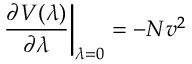
\left. \frac { \partial V ( \lambda ) } { \partial \lambda } \right| _ { \lambda = 0 } = - N v ^ { 2 }